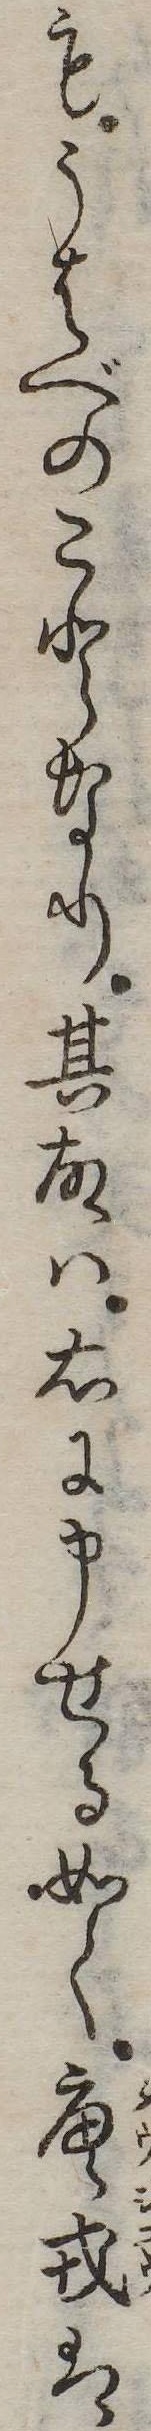
もうはべのことなり其故は右に申せる如く唐戎は